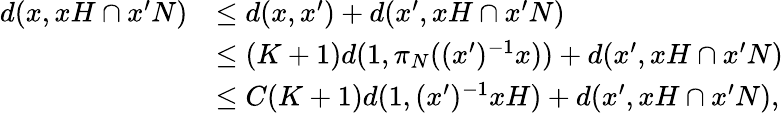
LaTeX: \begin{array}{rl}{d(x,xH\cap x^{\prime}N)}&{\leq d(x,x^{\prime})+d(x^{\prime},xH\cap x^{\prime}N)}\\ &{\leq(K+1)d(1,\pi_{N}((x^{\prime})^{-1}x))+d(x^{\prime},xH\cap x^{\prime}N)}\\ &{\leq C(K+1)d(1,(x^{\prime})^{-1}xH)+d(x^{\prime},xH\cap x^{\prime}N),}\end{array}